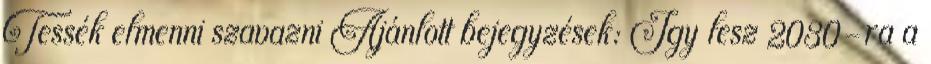
Tessék elmenni szavazni Ajánlott bejegyzések: Így lesz 2030-ra a